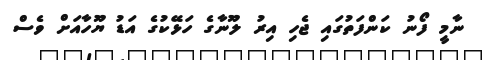
ނާމީ ފޯނު ކަންފަތުގައި ޖެހި އިރު ލޫނާގެ ހަޅޭކުގެ އަޑު ޔޫހާއަށް ވެސް